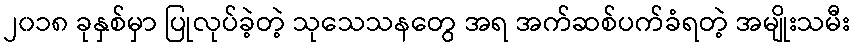
၂၀၁၈ ခုနှစ်မှာ ပြုလုပ်ခဲ့တဲ့ သုသေသနတွေ အရ အက်ဆစ်ပက်ခံရတဲ့ အမျိုးသမီး